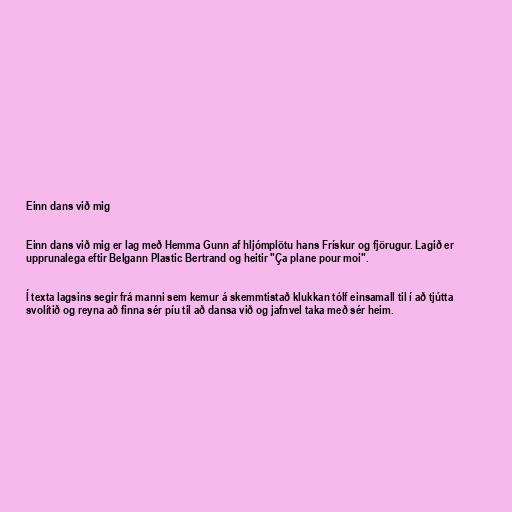
Einn dans við mig

Einn dans við mig er lag með Hemma Gunn af hljómplötu hans Frískur og fjörugur. Lagið er
upprunalega eftir Belgann Plastic Bertrand og heitir "Ça plane pour moi".

Í texta lagsins segir frá manni sem kemur á skemmtistað klukkan tólf einsamall til í að tjútta
svolítið og reyna að finna sér píu til að dansa við og jafnvel taka með sér heim.